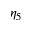
\eta _ { 5 }